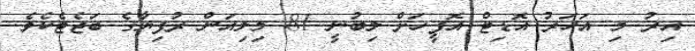
އިރު މި އަހަރު އޮޑިޓް އޮފީހަށް ލިބުނީ 81 މިލިއަން ރުފިޔާގެ ބަޖެޓެކެވެ.